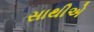
સાથીએ